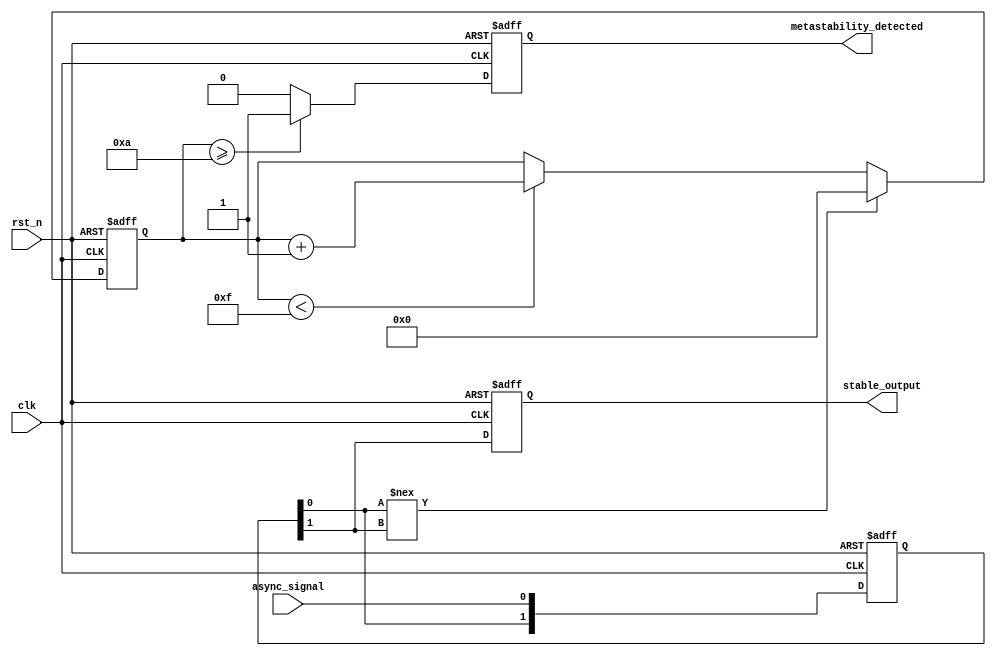
module metastability_detector (
    input wire clk,               // Synchronous clock signal
    input wire async_signal,      // Asynchronous input signal
    input wire rst_n,             // Active-low reset
    output reg metastability_detected, // Metastability detection flag
    output reg stable_output       // Stable output from the second flip-flop
);

    reg [1:0] ff_out;             // Outputs of the two flip-flops
    reg pulse;                    // Pulse to indicate change in first flip-flop
    reg [3:0] stable_count;       // Counter to monitor stability

    // Two-stage sampling of the asynchronous signal
    always @(posedge clk or negedge rst_n) begin
        if (!rst_n) begin
            ff_out <= 2'b00;
            stable_output <= 1'b0;
            metastability_detected <= 1'b0;
            pulse <= 1'b0;
            stable_count <= 4'b0000;
        end else begin
            ff_out[0] <= async_signal; // First flip-flop
            ff_out[1] <= ff_out[0];     // Second flip-flop (captures the first flip-flop output)
            
            // Generate pulse if first flip-flop output changes
            if (ff_out[0] !== ff_out[1]) begin
                pulse <= 1'b1; // Indicate a change detected
                stable_count <= 4'b0000; // Reset stable count
            end else begin
                pulse <= 1'b0; // No change
                if (stable_count < 4'b1111) begin
                    stable_count <= stable_count + 1; // Increment stable count
                end
            end

            // Check if the output of the first flip-flop is stable for a defined number of cycles
            if (stable_count >= 4'd10) begin // Adjust the threshold count as needed
                metastability_detected <= 1'b1; // Assert metastability detected flag
            end else begin
                metastability_detected <= 1'b0; // Clear the flag if not stable
            end

            stable_output <= ff_out[1]; // Output of the second flip-flop
        end
    end

endmodule